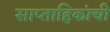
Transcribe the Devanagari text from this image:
साप्ताहिकांची